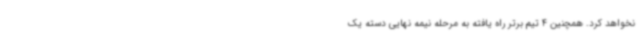
نخواهد کرد. همچنین 4 تیم برتر راه یافته به مرحله نیمه نهایی دسته یک